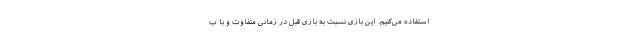
استفاده می‌کنیم. این بازی نسبت به بازی قبل در زمانی متفاوت و با ب